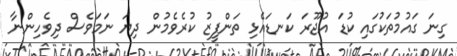
ގިނަ ގައުމުތަކުގައި ކުޑަ އުޖޫރަ ކަނޑައެޅި ތަންފީޒު ކުރެވެމުން ދިޔަ ނަމަވެސް ދިވެހިންނާ